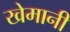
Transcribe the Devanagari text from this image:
खेमानी